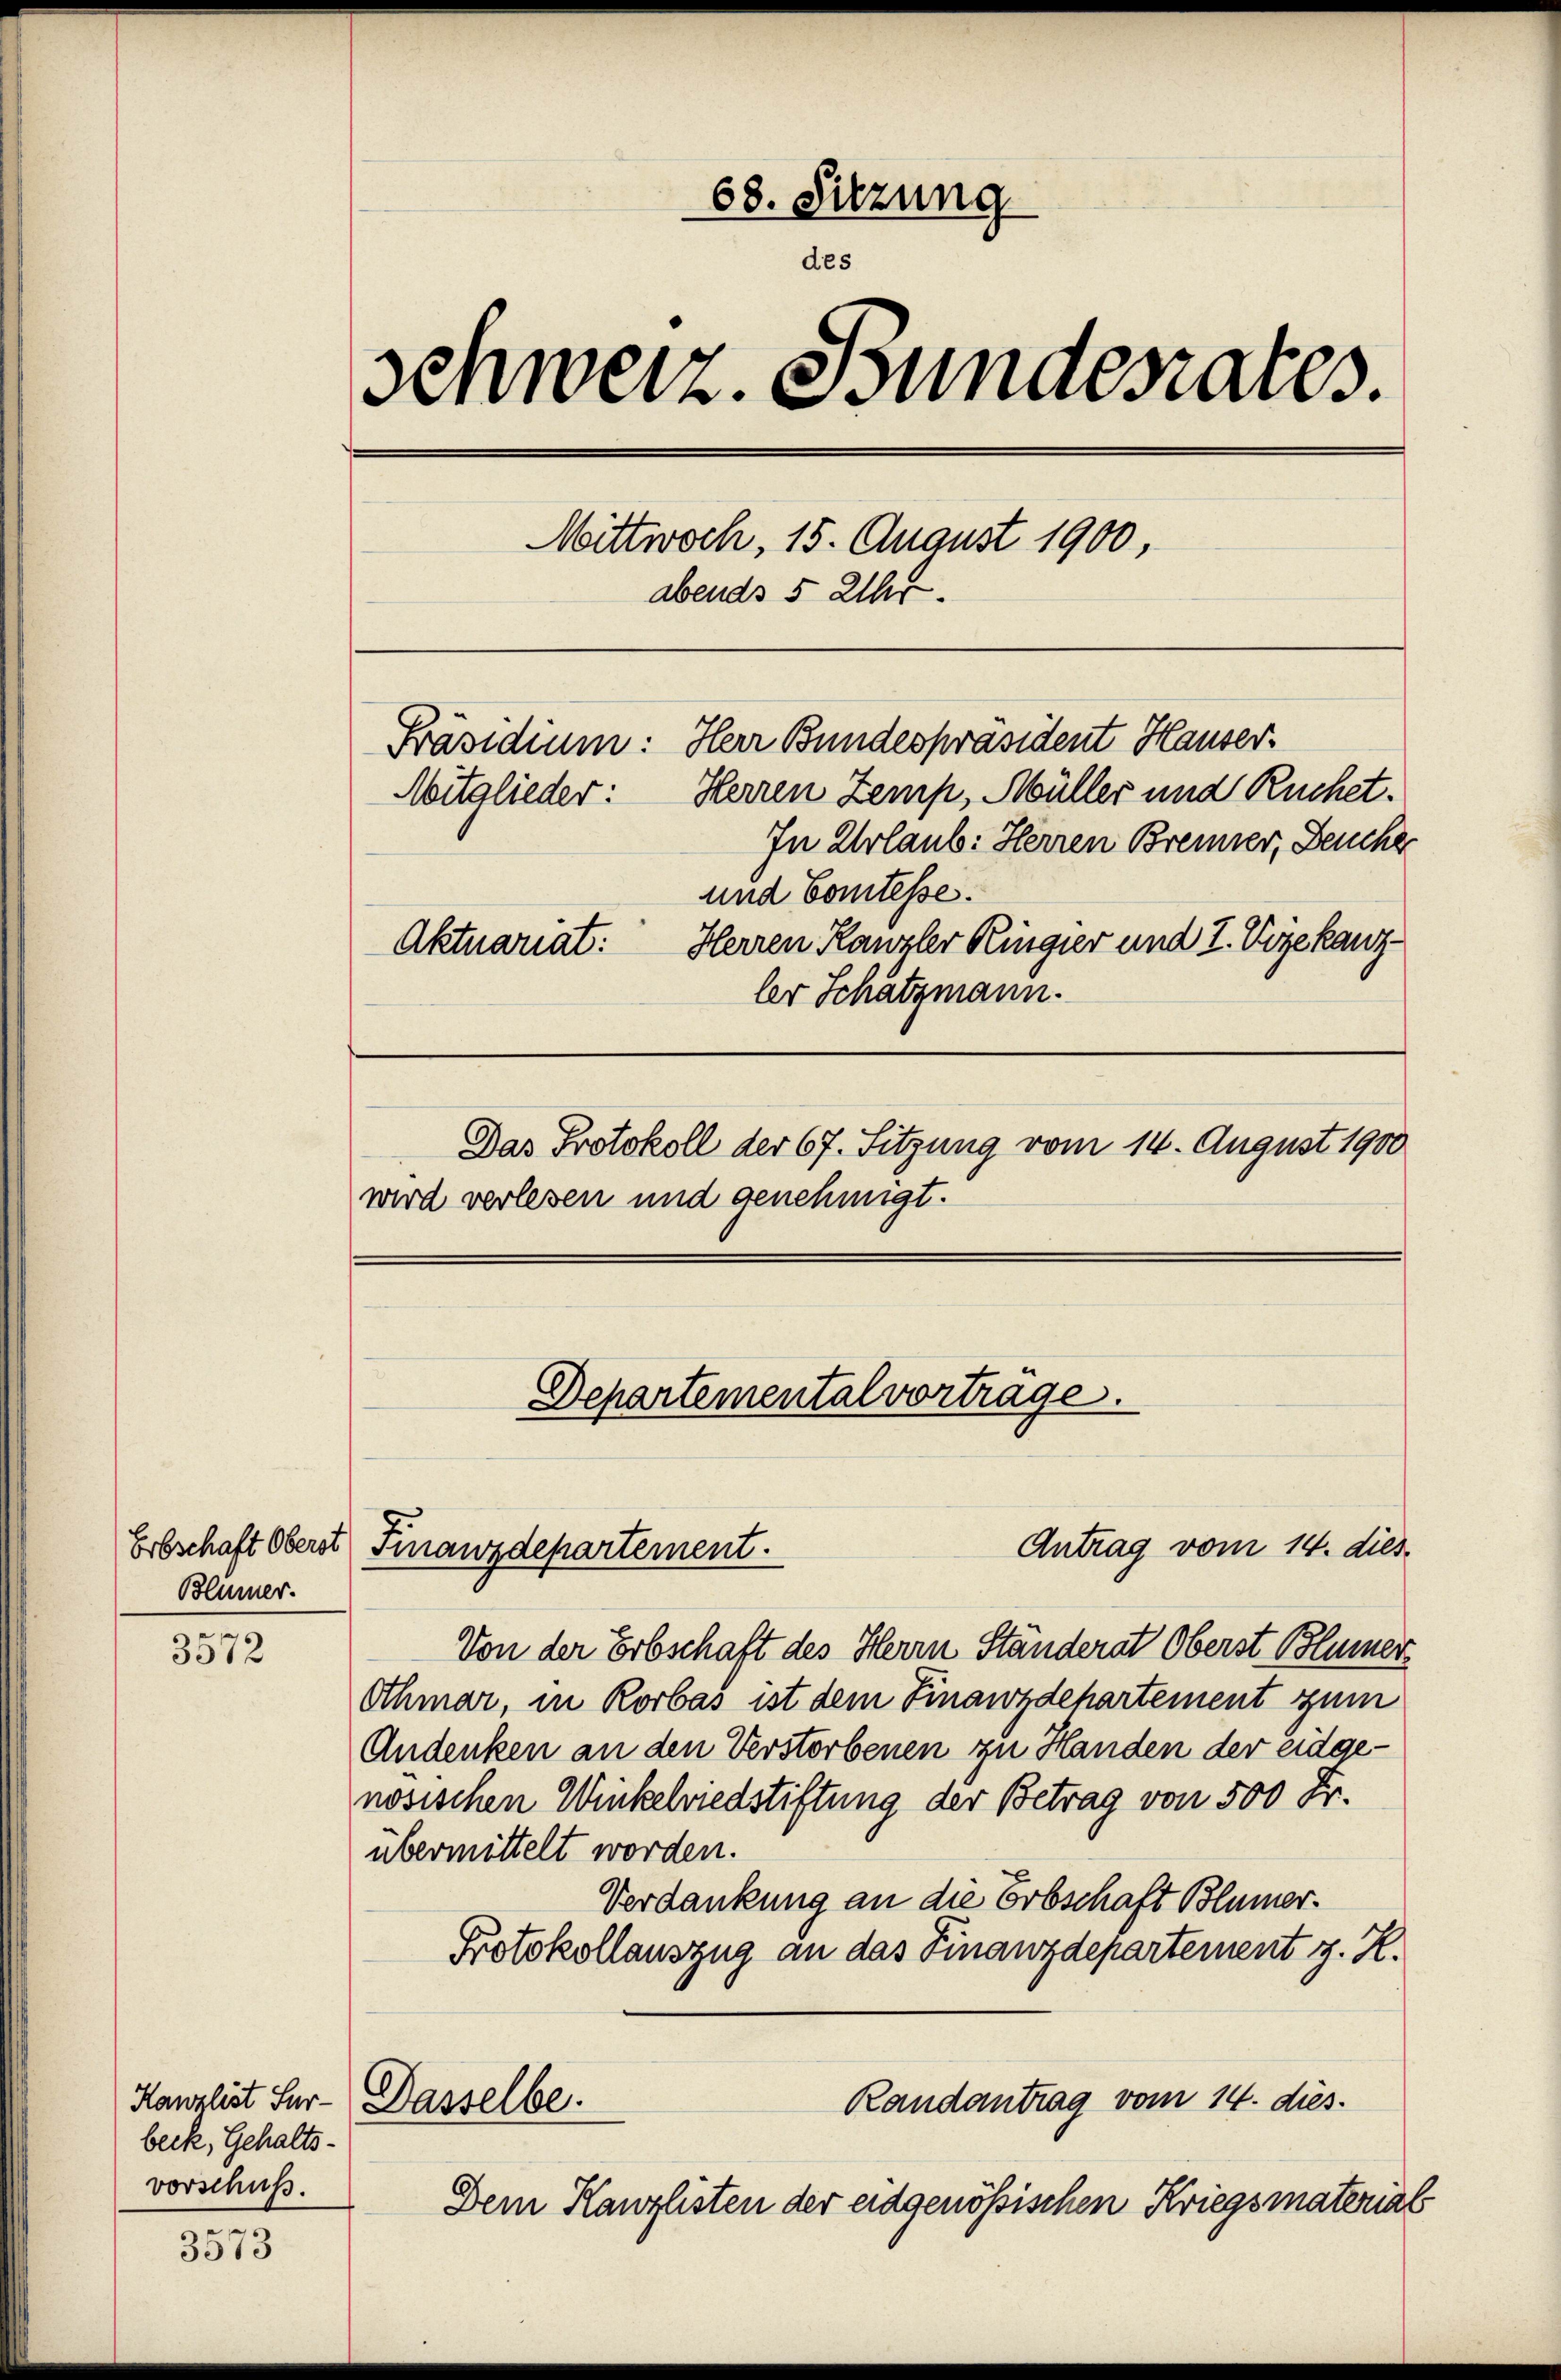
Blümer.

3572

beck, Gehaltsvorschuß.

e
3073

68. Sitzung
des
Schweiz. Bundesrates.
Mittwoch, 15. August 1900,
abends 5 Uhr.
Präsidium: Herr Bundespräsident Hauser
Mitglieder: Herren Zemp, Müller und Ruchet.
In Urlaub: Herren Brenner, Deucher
und Comtesse.
Herren Kanzler Ringier und T. Vizekanz¬
Aktuariat
ler Schatzmann.
Das Protokoll der 67. Sitzung vom 14. August 1900
wird verlesen und genehmigt.

Antrag vom 14. dies
Von der Erbschaft des Herrn Ständerat Oberst Blümers
Othmar, in Rorbas ist dem Finanzdepartement zum
Andenken an den Verstorbenen zu Handen der eidgenösischen Winkelriedstiftung der Betrag von 500 Fr.
übermittelt worden.
Verdankung an die Erbschaft Blümer.
Protokollauszug an das Finanzdepartement z. H.
Kanzlist Für- Dasselbe.
Randantrag vom 14. dies.
Dem Kanzlisten der eidgenössischen Kriegsmaterial

Erbschaft Oberst Finanzdepartement.

Departemental vorträge.